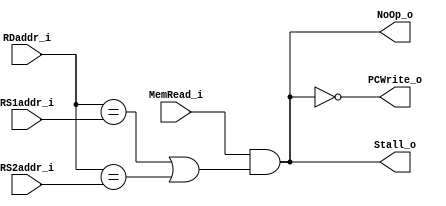
`ifndef HAZARD_DETECTION_V
`define HAZARD_DETECTION_V

module Hazard_Detection (
    MemRead_i,
    RS1addr_i,
    RS2addr_i,
    RDaddr_i,
    Stall_o,
    NoOp_o,
    PCWrite_o
);

input           MemRead_i;
input   [4:0]   RS1addr_i;
input   [4:0]   RS2addr_i;
input   [4:0]   RDaddr_i;

output          Stall_o;
output          NoOp_o;
output          PCWrite_o;

assign Stall_o = (MemRead_i && (RDaddr_i == RS1addr_i || RDaddr_i == RS2addr_i));
assign NoOp_o = Stall_o;
assign PCWrite_o = ~Stall_o;

endmodule

`endif